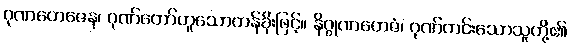
ဂုဏတေဇေန၊ ဂုဏ်တော်ဟူသောတန်ခိုးဖြင့်။ နိဂ္ဂုဏတေဇံ၊ ဂုဏ်ကင်းသောသူတို့၏